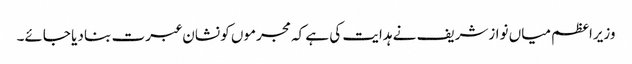
وزیراعظم میاں نوازشریف نے ہدایت کی ہے کہ مجرموں کو نشان عبرت بنا دیا جائے۔